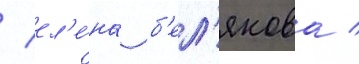
/ ел'е́на б'ел'якова /